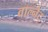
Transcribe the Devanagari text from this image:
वाल्नेट